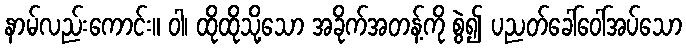
နာမ်လည်းကောင်း။ ဝါ၊ ထိုထိုသို့သော အခိုက်အတန့်ကို စွဲ၍ ပညတ်ခေါ်ဝေါ်အပ်သော